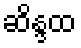
ဆိန္ဒထ